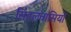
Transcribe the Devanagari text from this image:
सिंहलवासियों